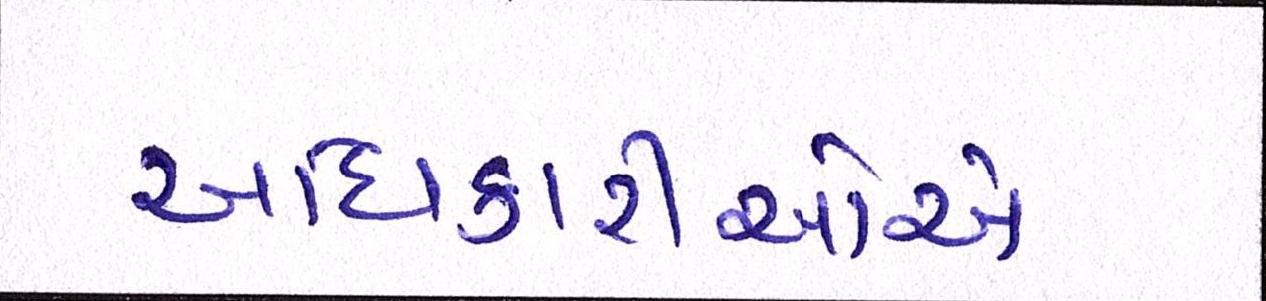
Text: અધિકારીઓને